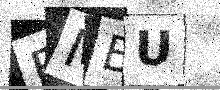
Text: BMBU